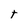
Character: t